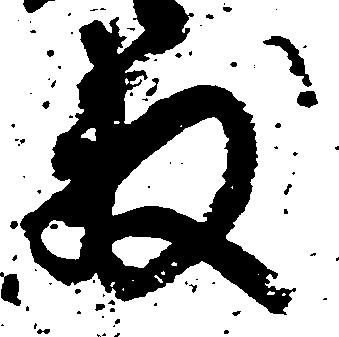
数